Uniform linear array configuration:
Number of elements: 4
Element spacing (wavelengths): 0.75
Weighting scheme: uniform
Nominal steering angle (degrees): -15
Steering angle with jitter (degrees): -15.937
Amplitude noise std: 0.05
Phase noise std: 0.05

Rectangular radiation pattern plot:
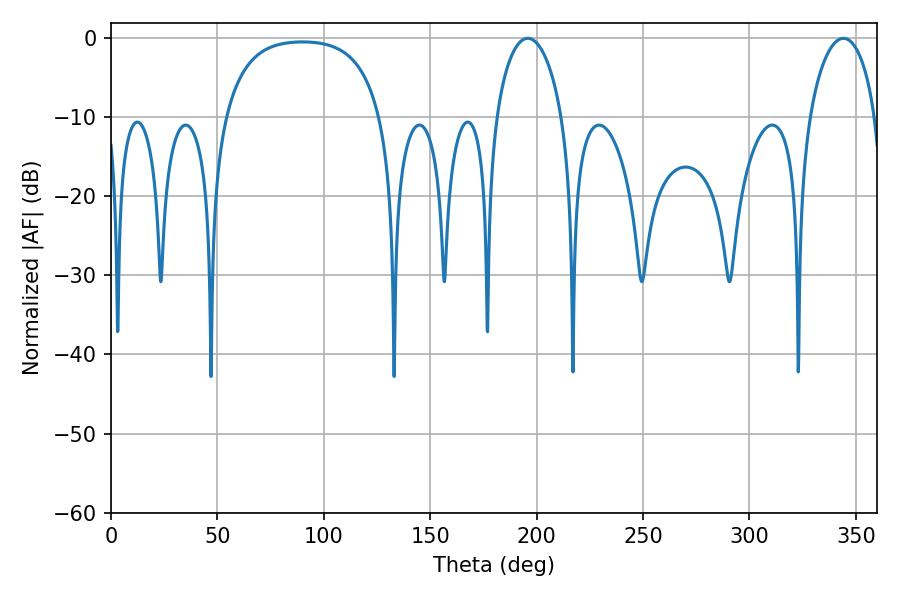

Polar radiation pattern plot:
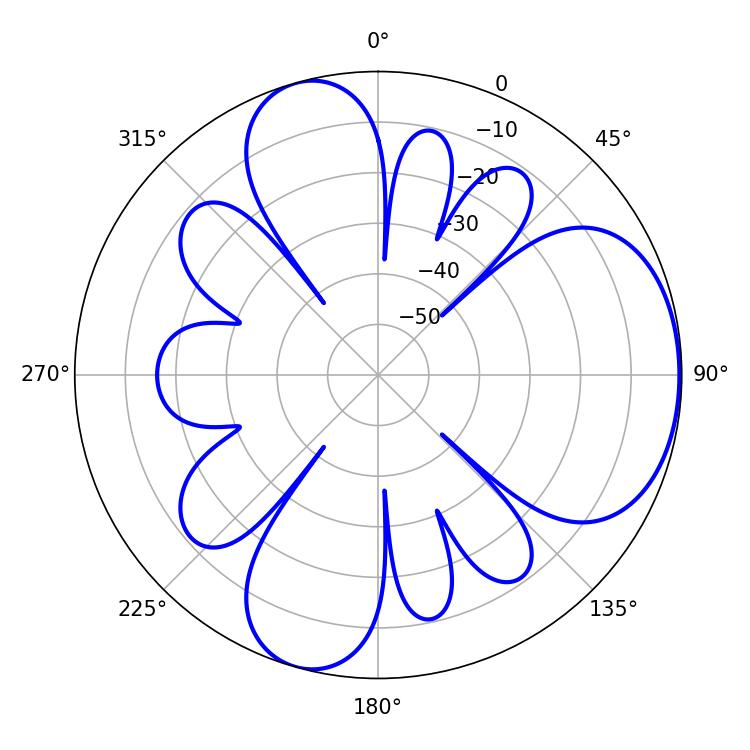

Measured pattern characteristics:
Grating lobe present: TRUE
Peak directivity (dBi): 5.528
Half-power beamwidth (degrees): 17.82
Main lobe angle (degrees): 195.84